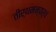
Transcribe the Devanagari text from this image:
तीर्थमन्यर्थं